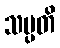
သမ္ပတိ